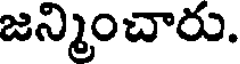
జన్మించారు.